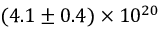
( 4 . 1 \pm 0 . 4 ) \times 1 0 ^ { 2 0 }